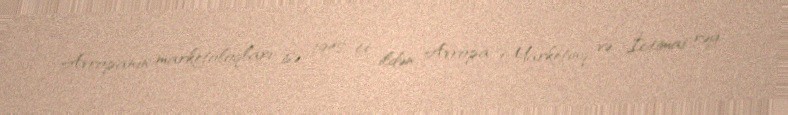
Avropanın marketoloqları isə 1948-ci ildən Avropa Marketinq və İctimai rəy